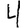
Digit: 4